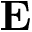
\mathbf { E }